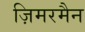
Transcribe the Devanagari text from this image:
ज़िमरमैन